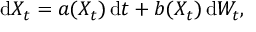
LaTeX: \mathrm { d } X _ { t } = a ( X _ { t } ) \, \mathrm { d } t + b ( X _ { t } ) \, \mathrm { d } W _ { t } ,